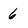
Character: 6